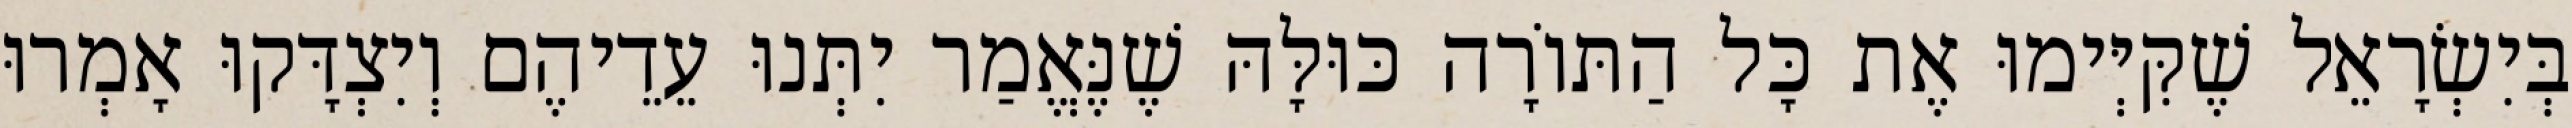
בְּיִשְׂרָאֵל שֶׁקִּיְּימוּ אֶת כָּל הַתּוֹרָה כּוּלָּהּ שֶׁנֶּאֱמַר יִתְּנוּ עֵדֵיהֶם וְיִצְדָּקוּ אָמְרוּ